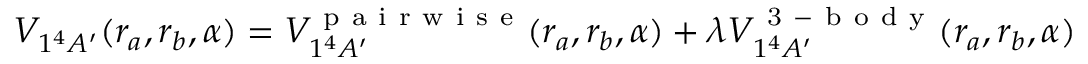
V _ { 1 ^ { 4 } A ^ { \prime } } ( r _ { a } , r _ { b } , \alpha ) = V _ { 1 ^ { 4 } A ^ { \prime } } ^ { \mathrm { ~ p ~ a ~ i ~ r ~ w ~ i ~ s ~ e ~ } } ( r _ { a } , r _ { b } , \alpha ) + \lambda V _ { 1 ^ { 4 } A ^ { \prime } } ^ { \mathrm { ~ 3 ~ - ~ b ~ o ~ d ~ y ~ } } ( r _ { a } , r _ { b } , \alpha )